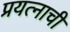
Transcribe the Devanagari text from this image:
प्रयत्नाची